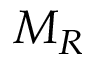
M _ { R }